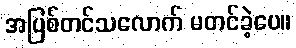
အပြစ်တင်သလောက် မတင်ခဲ့ပေ။